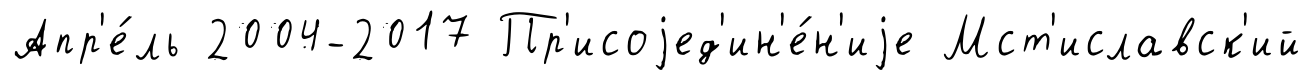
Апр'е́ль 2004-2017 Пр'исоjед'ин'е́н'иjе Мст'иславск'ий